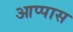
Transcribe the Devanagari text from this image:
आप्पास